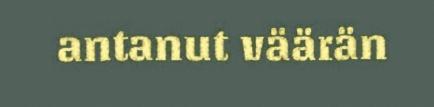
antanut väärän